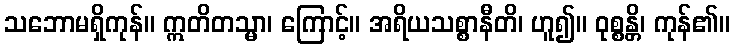
သဘောမရှိကုန်။ ဣတိတသ္မာ၊ ကြောင့်။ အရိယသစ္စာနီတိ၊ ဟူ၍။ ဝုစ္စန္တိ၊ ကုန်၏။